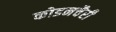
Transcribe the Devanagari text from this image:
कोडनचैरी